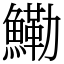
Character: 鰳